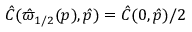
\hat { C } ( \hat { \varpi } _ { 1 / 2 } ( p ) , \hat { p } ) = \hat { C } ( 0 , \hat { p } ) / 2